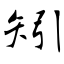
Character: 矧